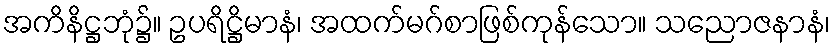
အကိနိဋ္ဌဘုံ၌။ ဥပရိဋ္ဌိမာနံ၊ အထက်မဂ်စာဖြစ်ကုန်သော။ သညောဇနာနံ၊